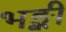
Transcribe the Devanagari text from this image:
भङ्की